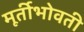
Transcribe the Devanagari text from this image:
मूर्तीभोवती